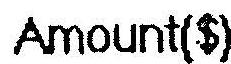
AMOUNT($)